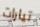
تيارات